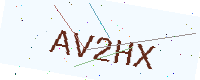
Text: AV2HX